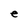
Character: e